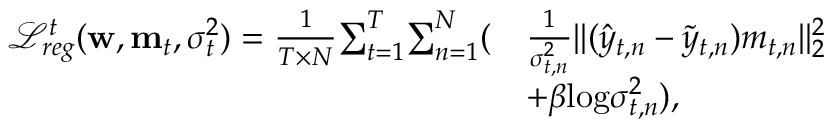
\begin{array} { r l } { \mathcal { L } _ { r e g } ^ { t } ( \mathbf { w } , \mathbf { m } _ { t } , \sigma _ { t } ^ { 2 } ) = \frac { 1 } { T \times N } { \sum _ { t = 1 } ^ { T } } { \sum _ { n = 1 } ^ { N } } ( } & { \frac { 1 } { \sigma _ { t , n } ^ { 2 } } | | ( \hat { y } _ { t , n } - \tilde { y } _ { t , n } ) m _ { t , n } | | _ { 2 } ^ { 2 } } \\ & { + \beta \mathrm { l o g } \sigma _ { t , n } ^ { 2 } ) , } \end{array}